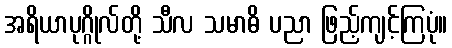
အရိယာပုဂ္ဂိုလ်တို့ သီလ သမာဓိ ပညာ ဖြည့်ကျင့်ကြပုံ။